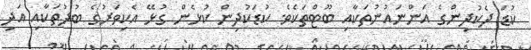
ކުޑަ ދެކުދިންގެ އަންނައުނުތަކާއި ބޫޓްތަކެވެ. ކުޑަކުދިން ކުޅެން ގުޅޭ އެކިވަރުގެ ބުދުތަކާއި އަދި